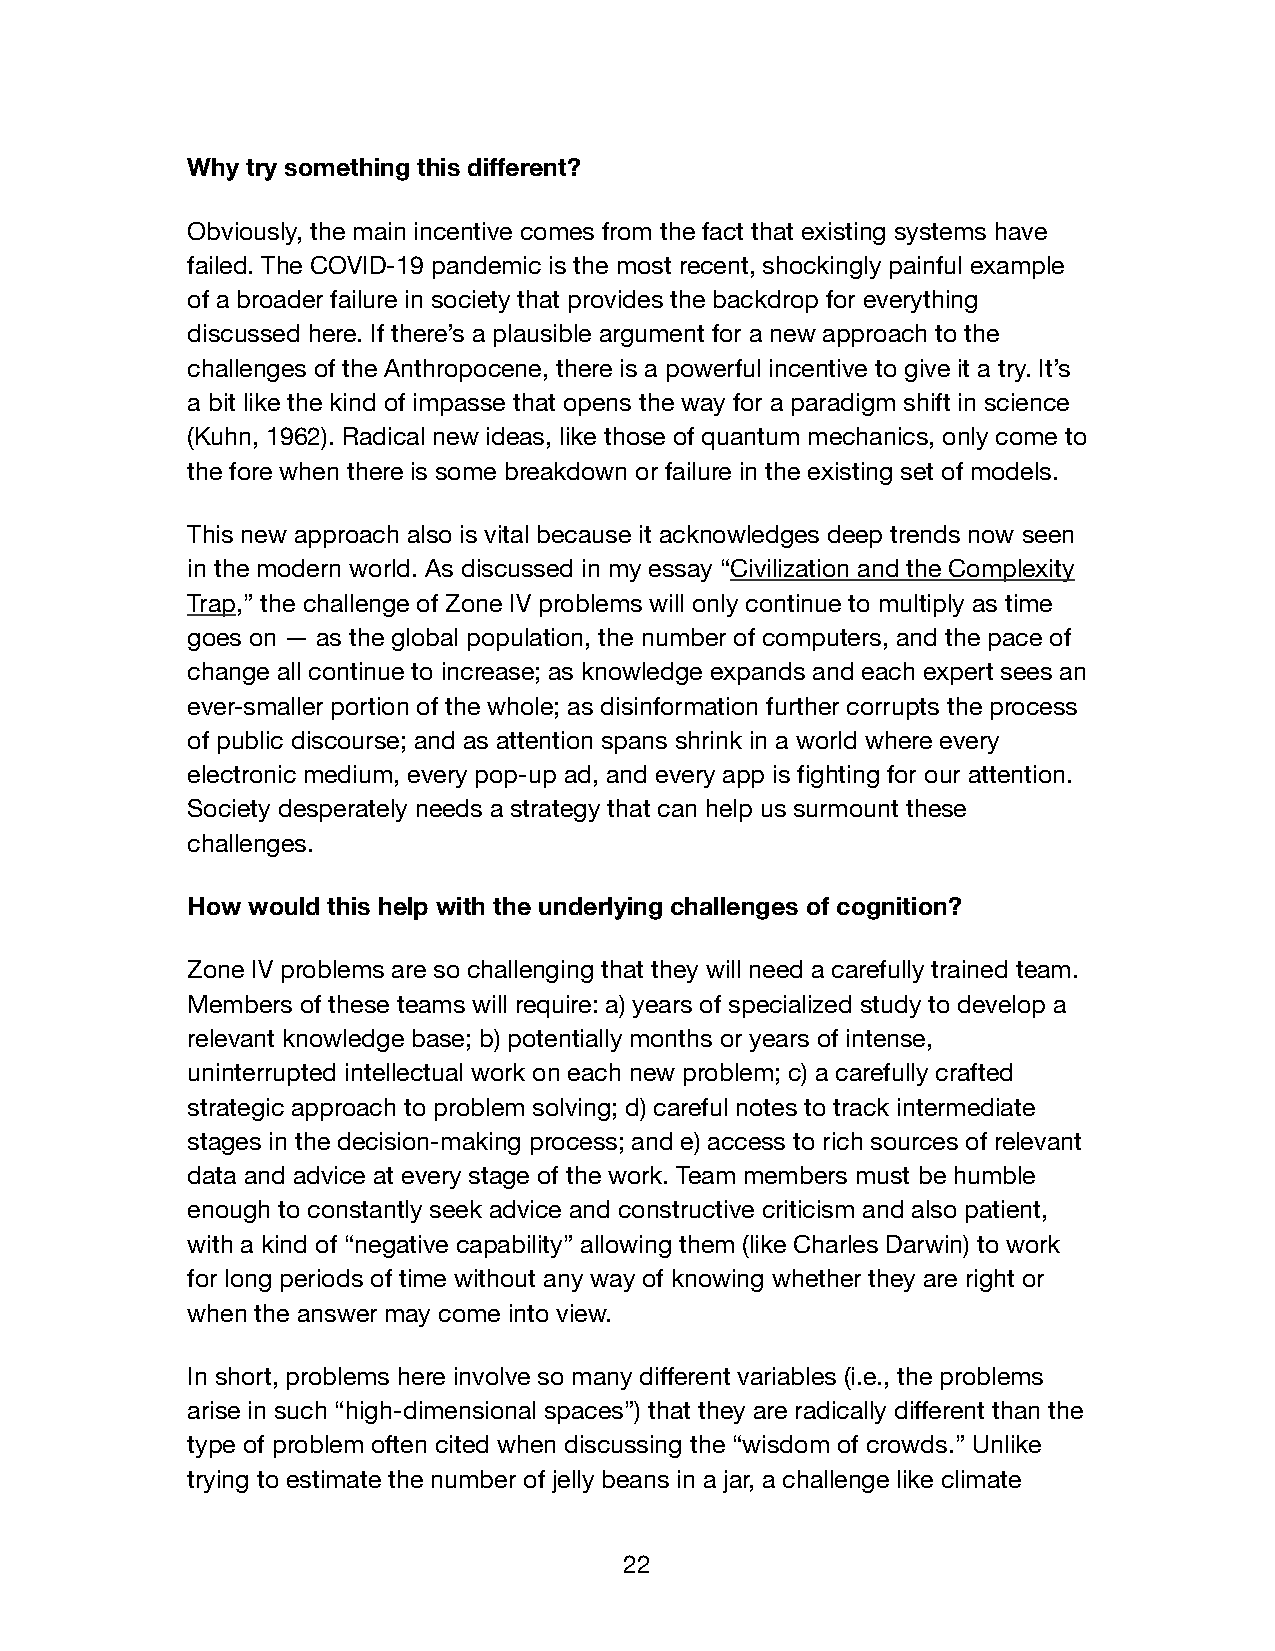
Why try something this different?
 Obviously, the main incentive comes from the fact that existing systems have
 failed. The COVID-19 pandemic is the most recent, shockingly painful example
 of a broader failure in society that provides the backdrop for everything
 discussed here. If there’s a plausible argument for a new approach to the
 challenges of the Anthropocene, there is a powerful incentive to give it a try. It’s
 a bit like the kind of impasse that opens the way for a paradigm shift in science
 (Kuhn, 1962). Radical new ideas, like those of quantum mechanics, only come to
 the fore when there is some breakdown or failure in the existing set of models.
 This new approach also is vital because it acknowledges deep trends now seen
 in the modern world. As discussed in my essay “Civilization and the Complexity
 Trap,” the challenge of Zone IV problems will only continue to multiply as time
 goes on — as the global population, the number of computers, and the pace of
 change all continue to increase; as knowledge expands and each expert sees an
 ever-smaller portion of the whole; as disinformation further corrupts the process
 of public discourse; and as attention spans shrink in a world where every
 electronic medium, every pop-up ad, and every app is fighting for our attention.
 Society desperately needs a strategy that can help us surmount these
 challenges.
 How would this help with the underlying challenges of cognition?
 Zone IV problems are so challenging that they will need a carefully trained team.
 Members of these teams will require: a) years of specialized study to develop a
 relevant knowledge base; b) potentially months or years of intense,
 uninterrupted intellectual work on each new problem; c) a carefully crafted
 strategic approach to problem solving; d) careful notes to track intermediate
 stages in the decision-making process; and e) access to rich sources of relevant
 data and advice at every stage of the work. Team members must be humble
 enough to constantly seek advice and constructive criticism and also patient,
 with a kind of “negative capability” allowing them (like Charles Darwin) to work
 for long periods of time without any way of knowing whether they are right or
 when the answer may come into view.
 In short, problems here involve so many different variables (i.e., the problems
 arise in such “high-dimensional spaces”) that they are radically different than the
 type of problem often cited when discussing the “wisdom of crowds.” Unlike
 trying to estimate the number of jelly beans in a jar, a challenge like climate
 22